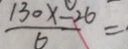
\frac { 1 3 0 x - 2 6 } { 6 } =